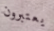
يعتبرون